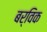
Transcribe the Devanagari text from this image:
बर्विक